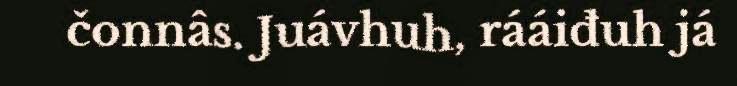
čonnâs. Juávhuh, rááiđuh já